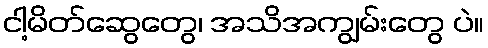
ငါ့မိတ်ဆွေတွေ၊ အသိအကျွမ်းတွေ ပဲ။